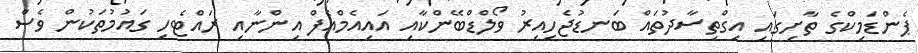
ޕެންޑަމިކްގެ ތާށިގައި އިގްތިސާދުތައް ބަނޑުޖެހިއިރު ވޯލްޑްބޭންކާއި އައިއެމްއެފް އިންނާއި ރައްޓެހި ގައުމުތަކުން ވެސް